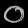
Digit: ၀